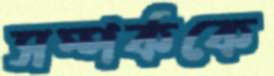
সম্পর্ককে